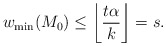
\begin{align*} w_{\min}(M_0)\leq\left\lfloor\frac{t\alpha}{k}\right\rfloor=s.\end{align*}